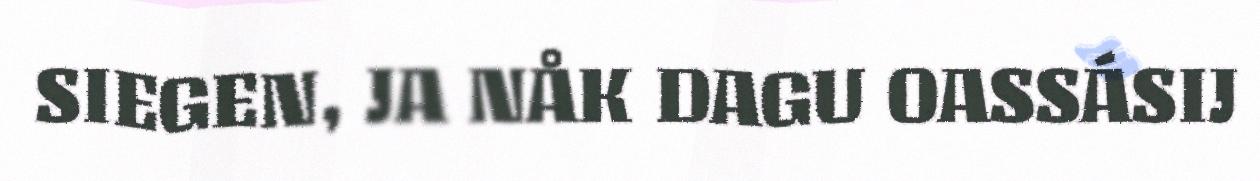
SIEGEN, JA NÅK DAGU OASSÁSIJ